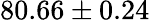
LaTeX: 80.66\pm 0.24